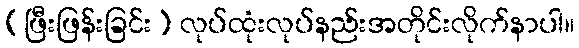
(ဖြီးဖြန်းခြင်း) လုပ်ထုံးလုပ်နည်းအတိုင်းလိုက်နာပါ။